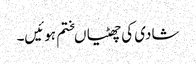
شادی کی چھٹیاںختم ہوئیں۔